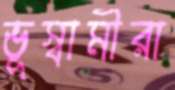
ভূস্বামীরা